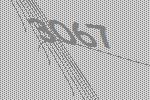
3067